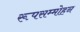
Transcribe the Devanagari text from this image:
रूपसम्मोहन